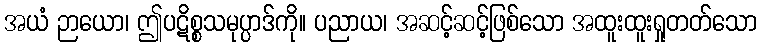
အယံ ဉာယော၊ ဤပဋိစ္စသမုပ္ပာဒ်ကို။ ပညာယ၊ အဆင့်ဆင့်ဖြစ်သော အထူးထူးရှုတတ်သော